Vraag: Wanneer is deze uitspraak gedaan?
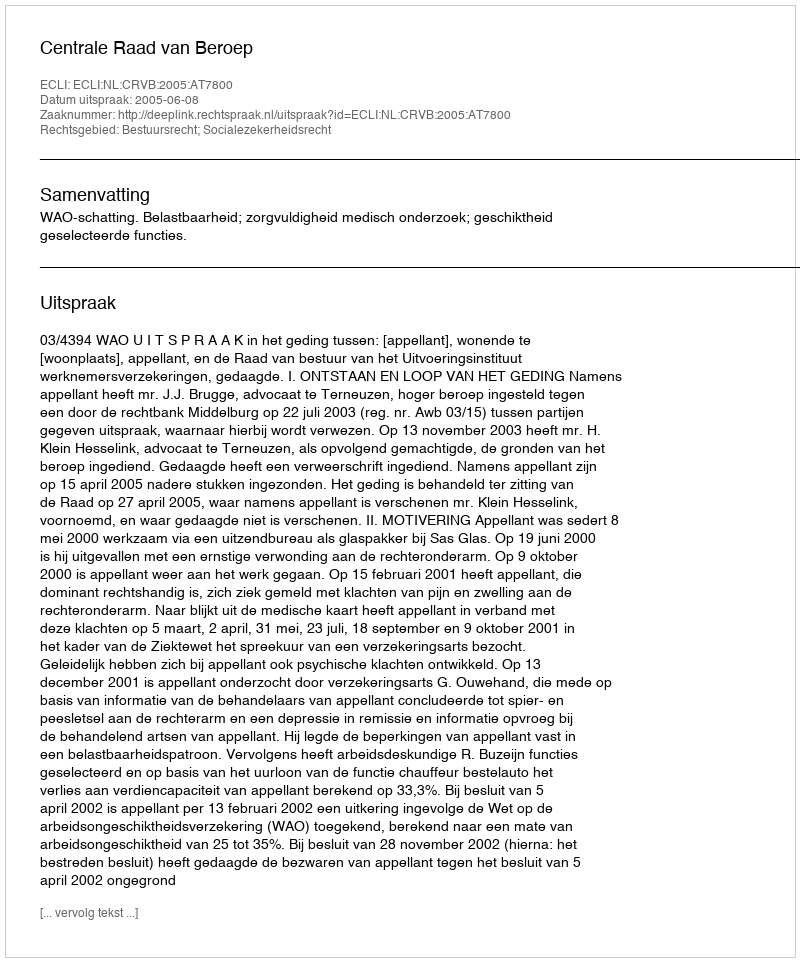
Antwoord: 2005-06-08